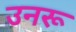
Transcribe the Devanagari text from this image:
उनरू